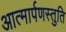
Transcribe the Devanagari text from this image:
आत्मार्पणस्तुति